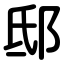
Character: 邸